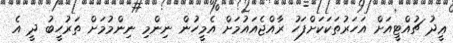
ޢީދު ޗުއްޓީއަށް އަހަރުތަކަކަށްފަހު ރާއްޖެއައުމަށް އެމީހުން ނިންމި ނިންމުމަށް ތަރުހީބު ދީ އެ